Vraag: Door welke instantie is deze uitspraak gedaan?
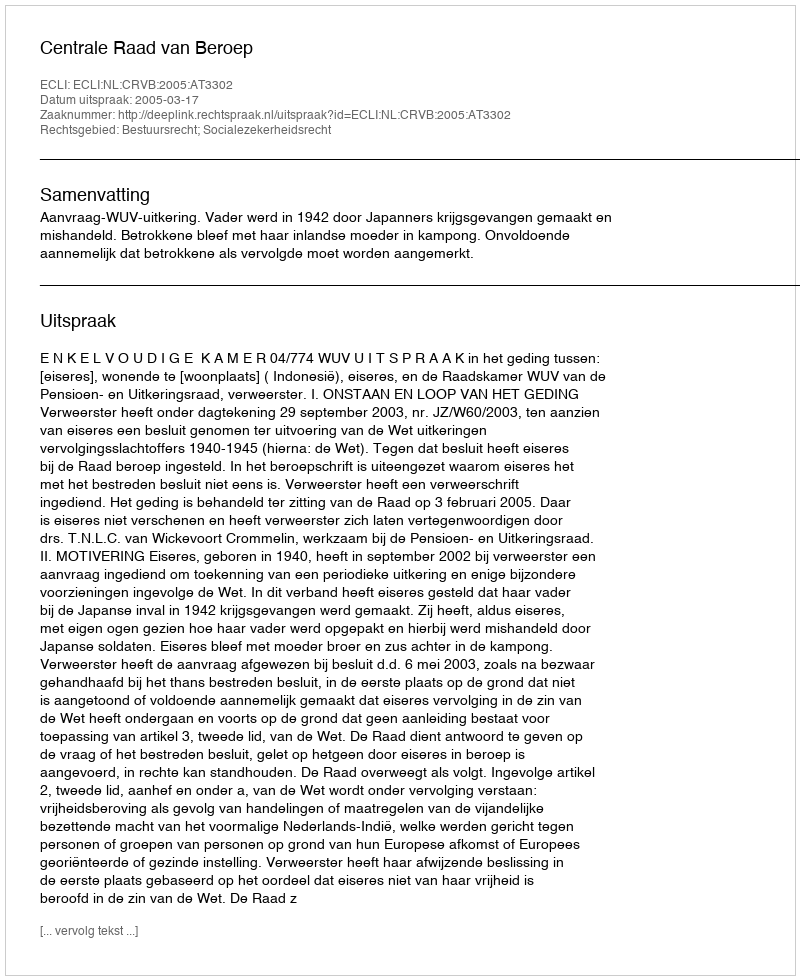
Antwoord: Centrale Raad van Beroep